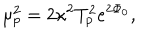
\mu _ { p } ^ { 2 } = 2 \kappa ^ { 2 } T _ { p } ^ { 2 } e ^ { 2 \Phi _ { 0 } } ,